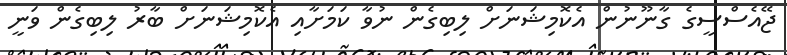
ޖޭއެސްސީގެ ގާނޫނުން އެކޮމިޝަނަށް ލިބިގެން ނުވާ ކަމަށާއި އެކޮމިޝަނަށް ބާރު ލިބިގެން ވަނީ